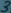
Text: 3